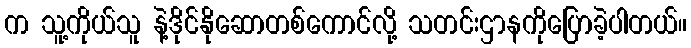
က သူ့ကိုယ်သူ နဲ့ဒိုင်နိုဆောတစ်ကောင်လို့ သတင်းဌာနကိုပြောခဲ့ပါတယ်။